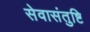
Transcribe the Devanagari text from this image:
सेवासंतुष्टि